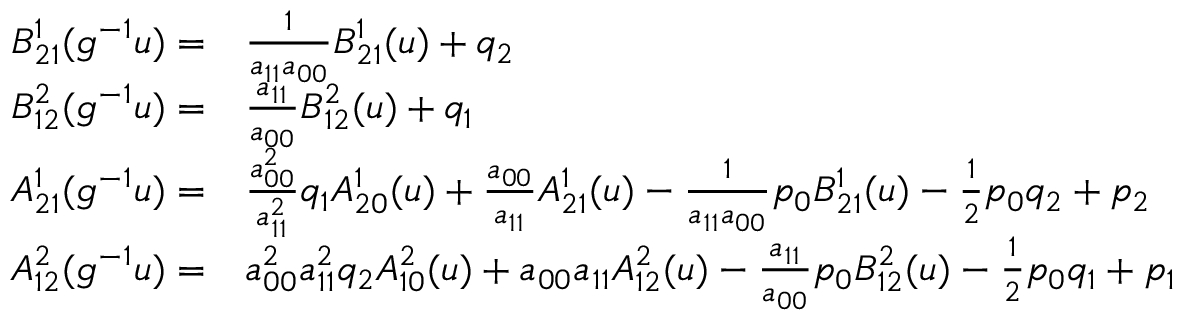
\begin{array} { r l } { B _ { 2 1 } ^ { 1 } ( g ^ { - 1 } u ) = } & { \frac { 1 } { a _ { 1 1 } a _ { 0 0 } } B _ { 2 1 } ^ { 1 } ( u ) + q _ { 2 } } \\ { B _ { 1 2 } ^ { 2 } ( g ^ { - 1 } u ) = } & { \frac { a _ { 1 1 } } { a _ { 0 0 } } B _ { 1 2 } ^ { 2 } ( u ) + q _ { 1 } } \\ { A _ { 2 1 } ^ { 1 } ( g ^ { - 1 } u ) = } & { { \frac { a _ { 0 0 } ^ { 2 } } { a _ { 1 1 } ^ { 2 } } q _ { 1 } A _ { 2 0 } ^ { 1 } ( u ) + \frac { a _ { 0 0 } } { a _ { 1 1 } } A _ { 2 1 } ^ { 1 } ( u ) - \frac { 1 } { a _ { 1 1 } a _ { 0 0 } } p _ { 0 } B _ { 2 1 } ^ { 1 } ( u ) - \textstyle { \frac 1 2 } p _ { 0 } q _ { 2 } + p _ { 2 } } } \\ { A _ { 1 2 } ^ { 2 } ( g ^ { - 1 } u ) = } & { a _ { 0 0 } ^ { 2 } a _ { 1 1 } ^ { 2 } q _ { 2 } A _ { 1 0 } ^ { 2 } ( u ) + a _ { 0 0 } a _ { 1 1 } A _ { 1 2 } ^ { 2 } ( u ) - \frac { a _ { 1 1 } } { a _ { 0 0 } } p _ { 0 } B _ { 1 2 } ^ { 2 } ( u ) - \textstyle { \frac 1 2 } p _ { 0 } q _ { 1 } + p _ { 1 } } \end{array}